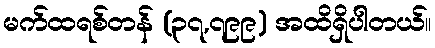
မက်ထရစ်တန် (၃၇,၇၉၉) အထိရှိပါတယ်။